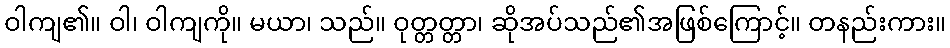
ဝါကျ၏။ ဝါ၊ ဝါကျကို။ မယာ၊ သည်။ ဝုတ္တတ္တာ၊ ဆိုအပ်သည်၏အဖြစ်ကြောင့်။ တနည်းကား။